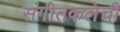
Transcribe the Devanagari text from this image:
संगीतकलेची